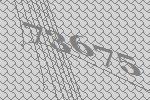
73675